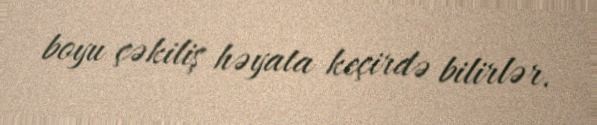
boyu çəkiliş həyata keçirdə bilirlər.